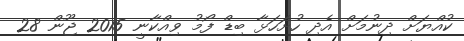
ކުއްޔަށް ދިނުމަށް އެދި ހުށަހަޅާ ބިޑް ފޯމު ވިއްކާނީ 2015 ޖޫން 28